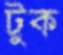
টুক